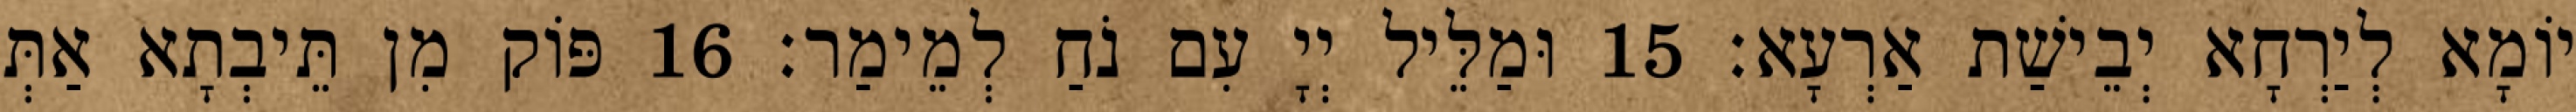
יוֹמָא לְיַרְחָא יְבֵישַׁת אַרְעָא׃ 15 וּמַלֵּיל יְיָ עִם נֹחַ לְמֵימַר׃ 16 פּוֹק מִן תֵּיבְתָא אַתְּ